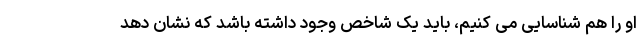
او را هم شناسایی می کنیم، باید یک شاخص وجود داشته باشد که نشان دهد